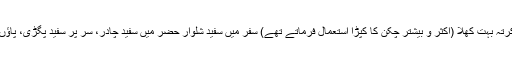
آپ کا لباس سفید ہوتا تھا، کُرتہ بہت کُھلا (اکثر و بیشتر چکن کا کپڑا استعمال فرماتے تھے) سفر میں سفید شلوار حضر میں سفید چادر، سر پر سفید پگڑی، پاؤں میں کھسّہ، ہاتھ میں عصا۔